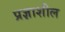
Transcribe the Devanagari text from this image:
प्रज्ञाशील